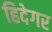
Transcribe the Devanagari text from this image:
हिदेगर